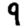
Digit: 9